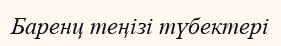
Баренц теңізі түбектері